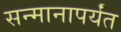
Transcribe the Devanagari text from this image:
सन्मानापर्यंत